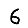
Digit: 6